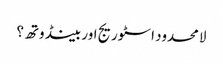
لامحدود اسٹوریج اور بینڈوتھ؟